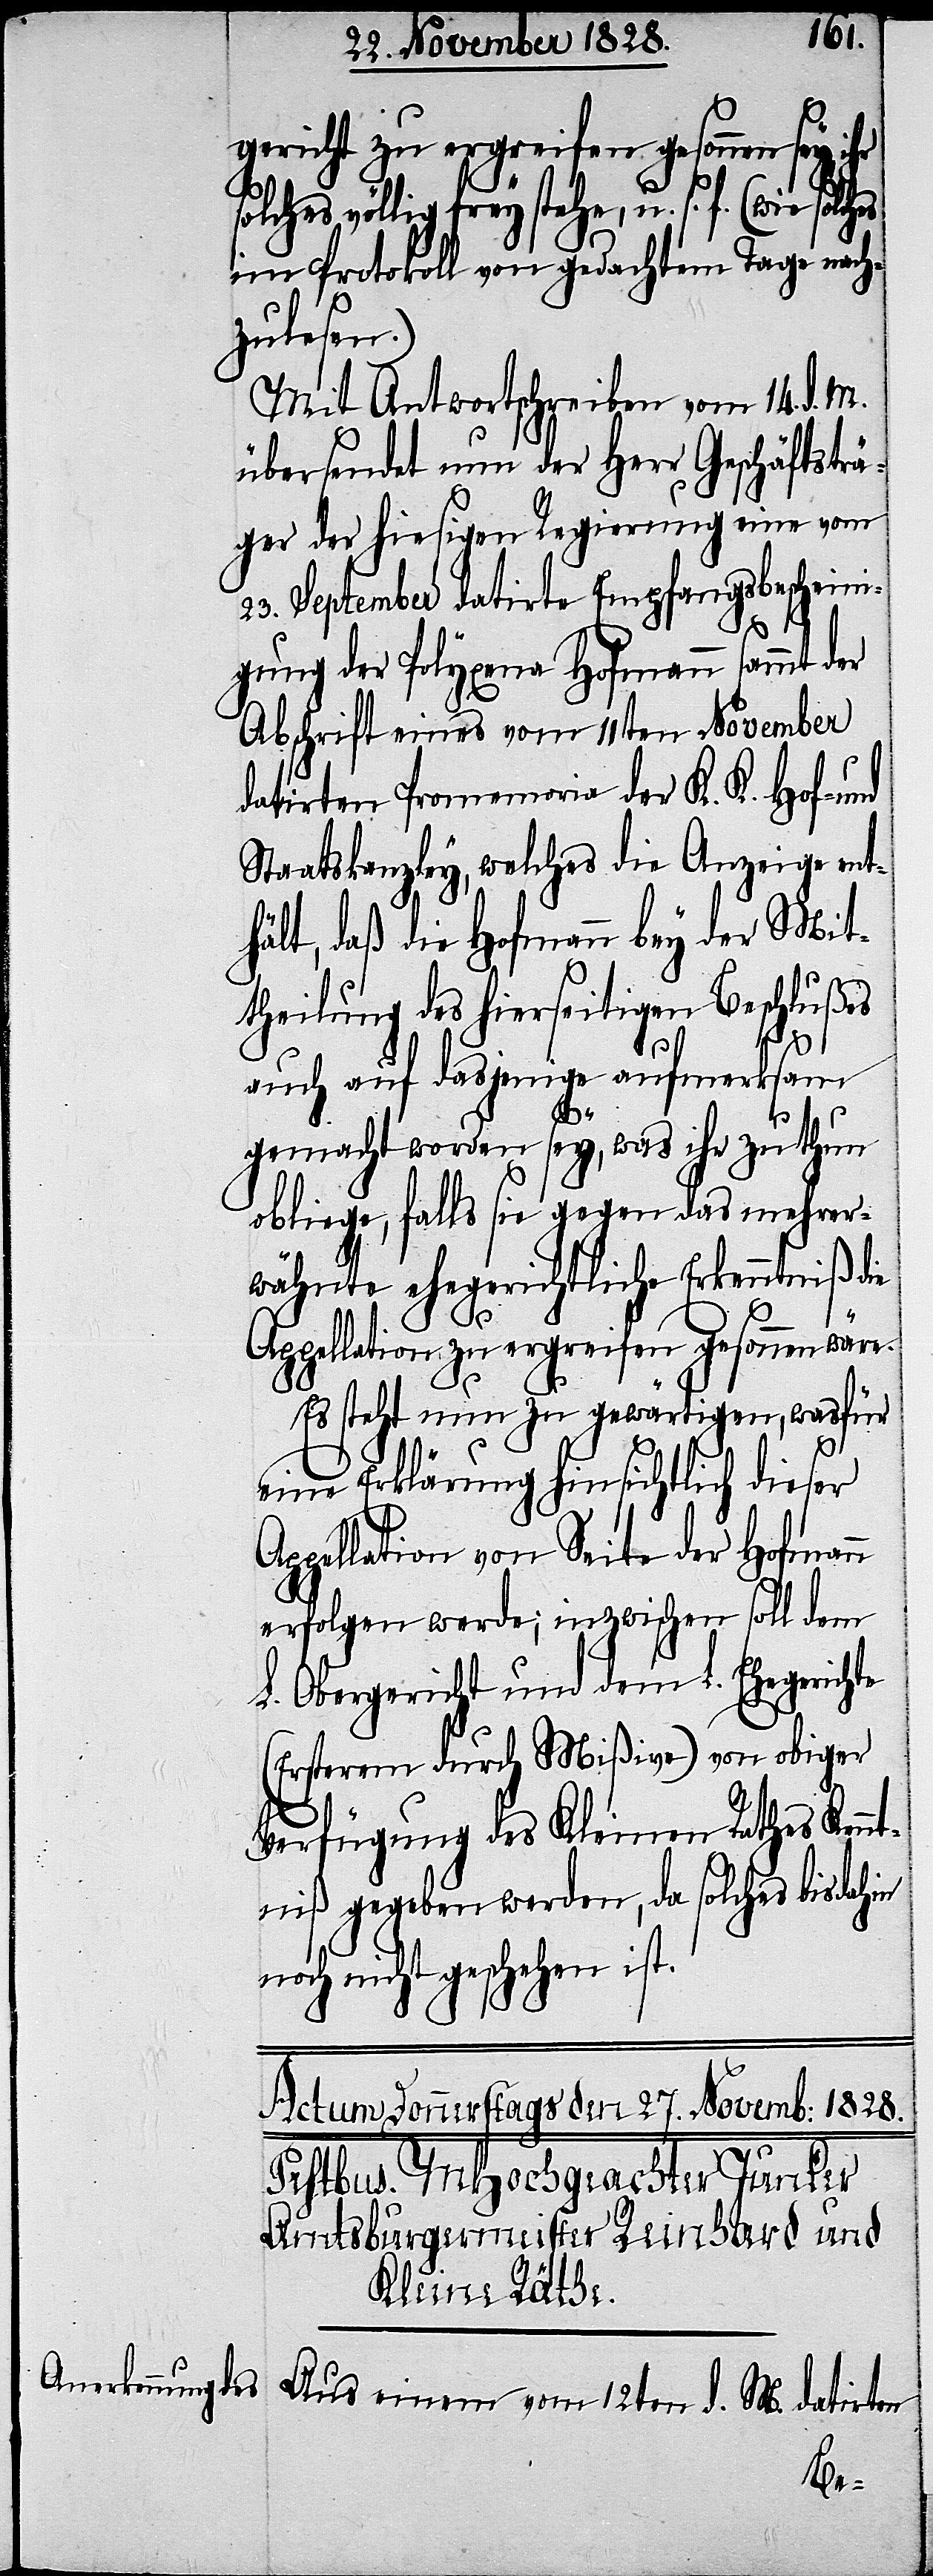
gericht zu ergreifen gesonnen sey,
solches völlig frey stehe, u. s. f. (wie
im Protokoll von gedachtem Tage nach¬
zulesen.)
Mit Antwortschreiben vom 14. d. M.
übersendet nun der Herr Geschäftsträ¬
ger der hiesigen Regierung eine vom
23. September datirte Empfangsbescheini¬
gung der Polyxena Hofmann sammt der
Abschrift eines vom 11ten November
datirten Promemoria der K. K. Hof- und
Staatskanzley, welches die Anzeige ent¬
hält, daß die Hofmann bey der Mit¬
theilung des hierseitigen Beschlußes
auch auf dasjenige aufmerksam
gemacht worden sey, was ihr zu thun
obliege, falls sie gegen das mehrer¬
wähnte ehegerichtliche Erkenntniß die
Appellation zu ergreifen gesonnen wäre.
Es steht nun zu gewärtigen, was für
eine Erklärung hinsichtlich dieser
Appellation von Seite der Hofmann
erfolgen werde; inzwischen soll dem
L. Obergericht und dem L. Ehegerichte
(Ersterem durch Mißive) von obiger
Verfügung des Kleinen Rathes Kennt¬
niß gegeben werden, da solches bis dahin
noch nicht geschehen ist.
Aus einem vom 12ten d. M. datirten